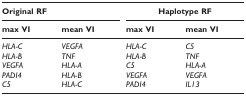
| <COLSPAN=2> Original RF | <COLSPAN=2> Haplotype RF |
 | max VI | mean VI | max VI | mean VI |
 | --- | --- | --- | --- |
 | HLA-C | VEGFA | HLA-C | C5 |
 | HLA-B | TNF | HLA-B | TNF |
 | VEGFA | HLA-A | C5 | HLA-A |
 | PADI4 | HLA-B | VEGFA | VEGFA |
 | C5 | HLA-C | PADI4 | IL13 |